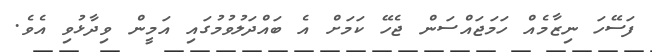
ފަސޭހަ ނިޒާމެއް ހަމަޖައްސަން ޖެހޭ ކަމަށް އެ ބައްދަލުވުމުގައި އަމީން ވިދާޅުވި އެވެ.